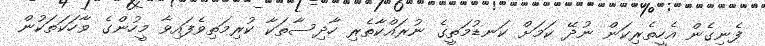
ފެނިގެން އެހީތެރިކަން ނުދޭ ކަމަށް ކަނޑުމަތީގެ ނުރައްކާތެރި ހާދިސާތަކާ ކުރިމަތިވެފައިވާ މީހުންގެ ވާހަކަތަކުން